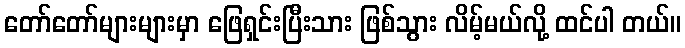
တော်တော်များများမှာ ဖြေရှင်းပြီးသား ဖြစ်သွား လိမ့်မယ်လို့ ထင်ပါ တယ်။